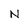
Character: N